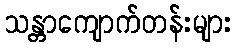
သန္တာကျောက်တန်းများ